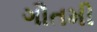
ગૌતમી